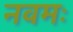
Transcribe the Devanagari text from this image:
नवमः